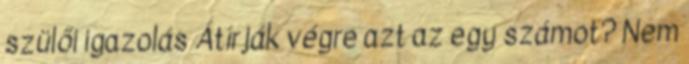
szülői igazolás Átírják végre azt az egy számot? Nem